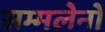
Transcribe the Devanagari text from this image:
सम्मलेनों